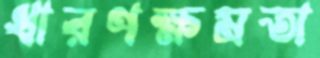
ধারণক্ষমতা